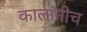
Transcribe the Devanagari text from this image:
कालांनीच